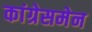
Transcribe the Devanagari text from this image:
कांग्रेसमेन